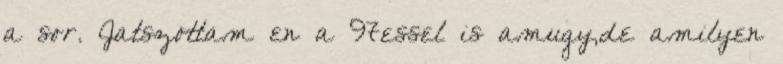
a sor. Jatszottam en a 97essel is amugy,de amilyen